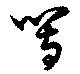
等